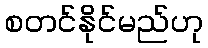
စတင်နိုင်မည်ဟု